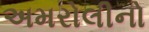
અમરોલીનો